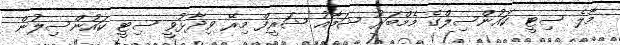
މާލެ ސިޓީ ކައުންސިލްގެ މެމްބަރު ޝަމާއު ޝަރީފް މިރޭ ވިދާޅުވީ ސިޓީ ކައުންސިލުން